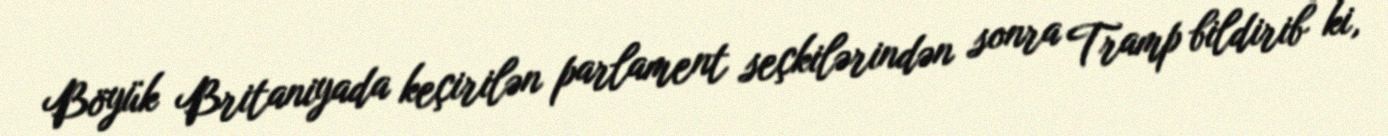
Böyük Britaniyada keçirilən parlament seçkilərindən sonra Tramp bildirib ki,